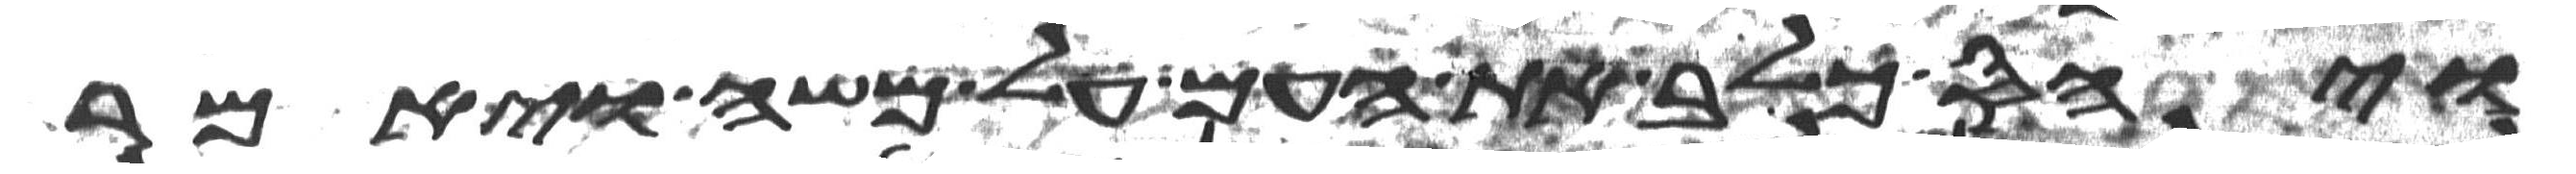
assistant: ויחס כלב את העם על משה ויאמר